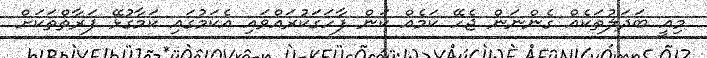
މިއީ ބަދަލުތަކެއް ގެންނަން ޖެހޭ ކަމެއް ކަން ފާހަގަކުރައްވައި އެކަމުގައި ކަމާގުޅޭ ފަރާތްތަކަށް